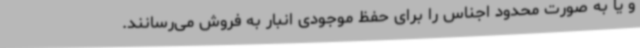
و یا به صورت محدود اجناس را برای حفظ موجودی انبار به فروش می‌رسانند.